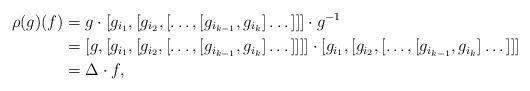
LaTeX: \begin{align*}\rho(g)(f)& =g \cdot [g_{i_1},[g_{i_2},[\dots,[g_{i_{k-1}},g_{i_{k}}]\dots]]] \cdot g^{-1}\\& = [g, [g_{i_1},[g_{i_2},[\dots,[g_{i_{k-1}},g_{i_{k}}]\dots]]]] \cdot [g_{i_1},[g_{i_2},[\dots,[g_{i_{k-1}},g_{i_{k}}]\dots]]]\\& = \Delta \cdot f,\end{align*}